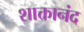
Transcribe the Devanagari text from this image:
शाक्तानंद